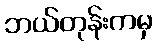
ဘယ်တုန်းကမှ